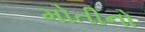
મોતીનો